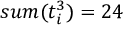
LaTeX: s u m ( t _ { i } ^ { 3 } ) = 2 4